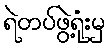
ရဲတပ်ဖွဲ့ရုံးမှ